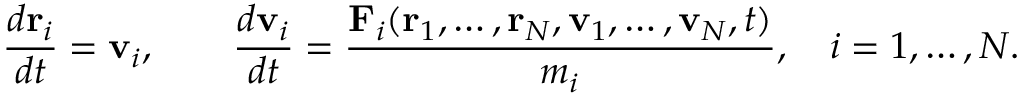
{ \frac { d \mathbf { r } _ { i } } { d t } } = \mathbf { v } _ { i } , \qquad { \frac { d \mathbf { v } _ { i } } { d t } } = { \frac { \mathbf { F } _ { i } ( \mathbf { r } _ { 1 } , \ldots , \mathbf { r } _ { N } , \mathbf { v } _ { 1 } , \ldots , \mathbf { v } _ { N } , t ) } { m _ { i } } } , \quad i = 1 , \ldots , N .